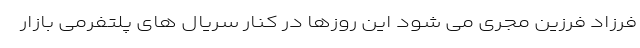
فرزاد فرزین مجری می شود این روزها در کنار سریال های پلتفرمی بازار